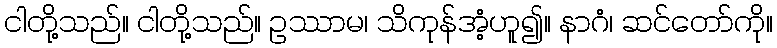
ငါတို့သည်။ ငါတို့သည်။ ဥဿာမ၊ သိကုန်အံ့ဟူ၍။ နာဂံ၊ ဆင်တော်ကို။